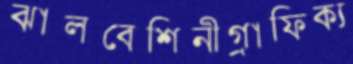
ঝালবেশিনীগ্রাফিক্য